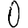
Digit: 0